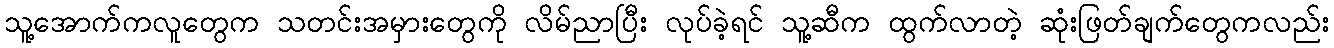
သူ့အောက်ကလူတွေက သတင်းအမှားတွေကို လိမ်ညာပြီး လုပ်ခဲ့ရင် သူ့ဆီက ထွက်လာတဲ့ ဆုံးဖြတ်ချက်တွေကလည်း